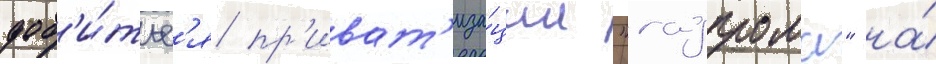
доб'и́тьс'я пр'иват'иза́ции "газпрома" на́